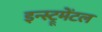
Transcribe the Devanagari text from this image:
इन्स्ट्रूमेंटल